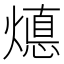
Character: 𭶁